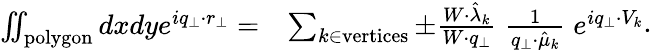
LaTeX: \begin{array}{rl}{\iint_{\mathrm{polygon}}dxdye^{iq_{\perp}\cdot r_{\perp}}=}&{\sum_{k\in\mathrm{vertices}}\pm\frac{W\cdot\hat{\lambda}_{k}}{W\cdot q_{\perp}}\; \frac{1}{q_{\perp}\cdot\hat{\mu}_{k}}\; e^{iq_{\perp}\cdot V_{k}}}\end{array}.